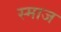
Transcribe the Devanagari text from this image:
स्माज